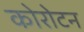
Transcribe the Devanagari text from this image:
कोरोटन